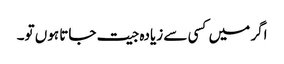
اگر میں کسی سے زیادہ جیت جاتا ہوں تو۔